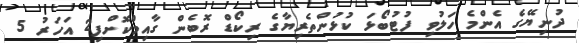
ދުނިޔޭގެ އެންމެ ހަލުވި ފުޓުބޯޅަ ކުޅުންތެރިޔާގެ ރިކޯޑް ރޮބެން ގާއިމްކޮށްފި2 އަހަރު 5